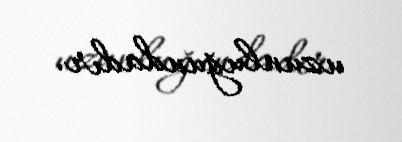
uzunluğundadır.